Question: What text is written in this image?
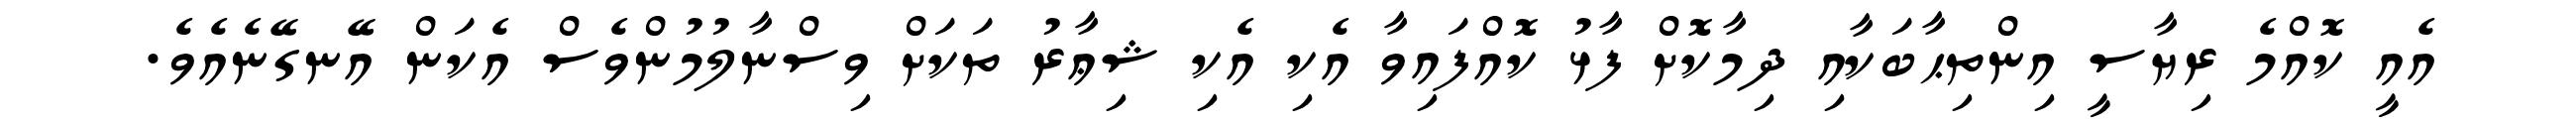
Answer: އެއީ ކޮއްމެ ރިޔާސީ އިންތިޙާބަކާއި ދިމާކޮށް ފާޅު ކޮއްފައިވާ އެކި އެކި ޝިޢާރު ތަކަށް ވިސްނާލުމުންވެސް އެކަން އޭނގޭނެއެވެ.